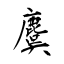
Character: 麌